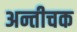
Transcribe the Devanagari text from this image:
अन्तीचक